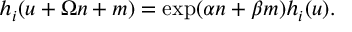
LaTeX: h _ { i } ( u + \Omega n + m ) = \exp ( \alpha n + \beta m ) h _ { i } ( u ) .